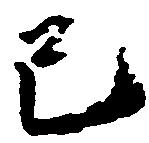
巳